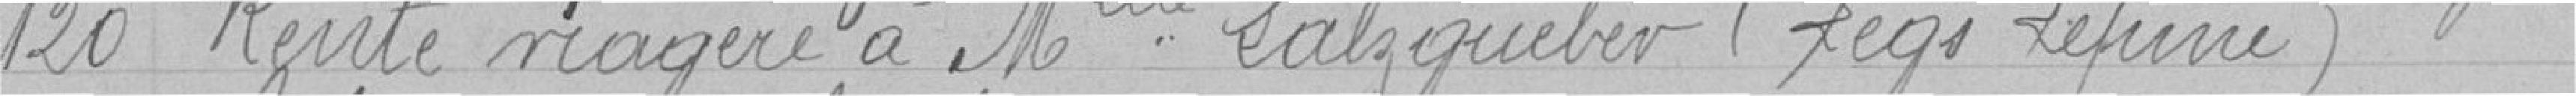
120 Rente viagère à mademoiselle Salzqueber (legs Lepine)